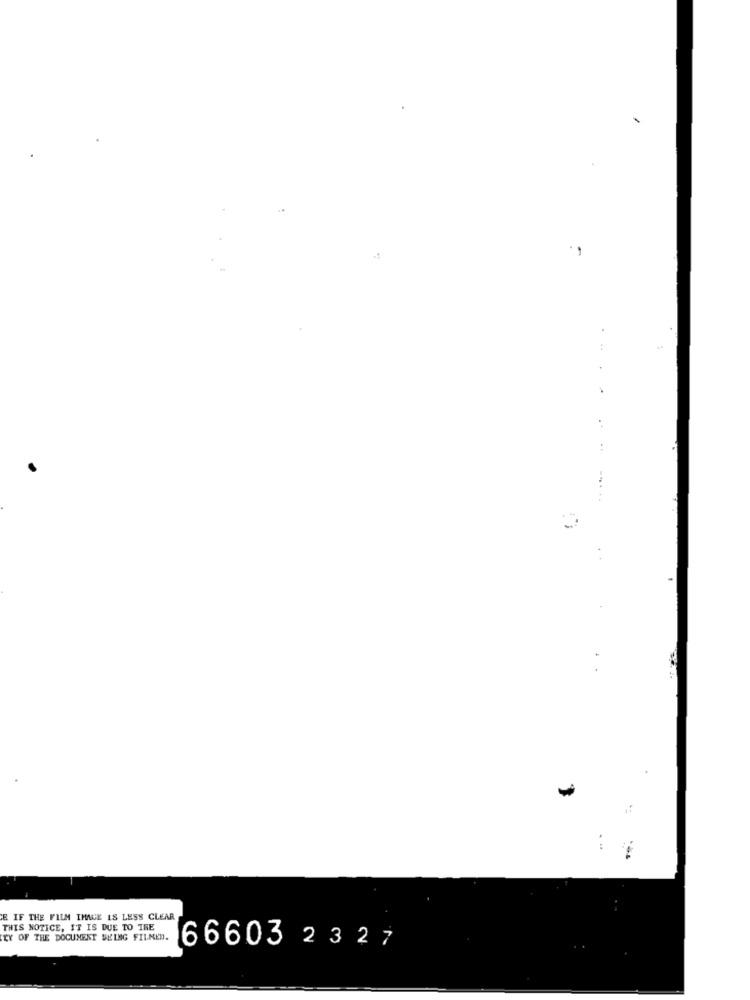
...
E IF THE FILM IMAGE IS LESS CLEAR
THIS NOTICE, IT IS DUE TO TRE
TY OF THE DOCUMENT BEING FILMED.
66603 2327